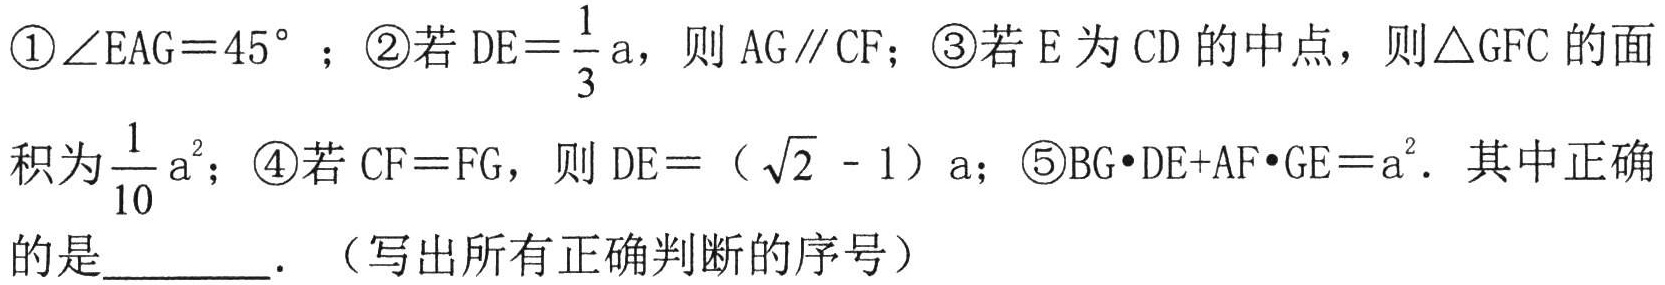
\textcircled{1}$\angle EAG = 45^{\circ}$；\textcircled{2}若$DE=\frac{1}{3}a$，则$AG\parallel CF$；\textcircled{3}若$E$为$CD$的中点，则$\triangle GFC$的面
积为$\frac{1}{10}a^{2}$；\textcircled{4}若$CF = FG$，则$DE = (\sqrt{2}-1)a$；\textcircled{5}$BG\cdot DE + AF\cdot GE = a^{2}$. 其中正确
的是________. （写出所有正确判断的序号）